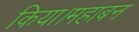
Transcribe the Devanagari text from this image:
किया।महाबन